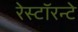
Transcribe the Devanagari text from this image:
रेस्टॉरन्टे